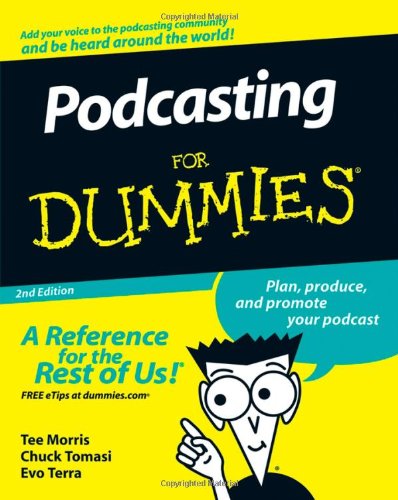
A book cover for Podcasting For Dummies; Tee Morris; Computers & Technology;